65_HS1-834228961_62-HQ-83894_Section_8
Agency: FBI
Page 45
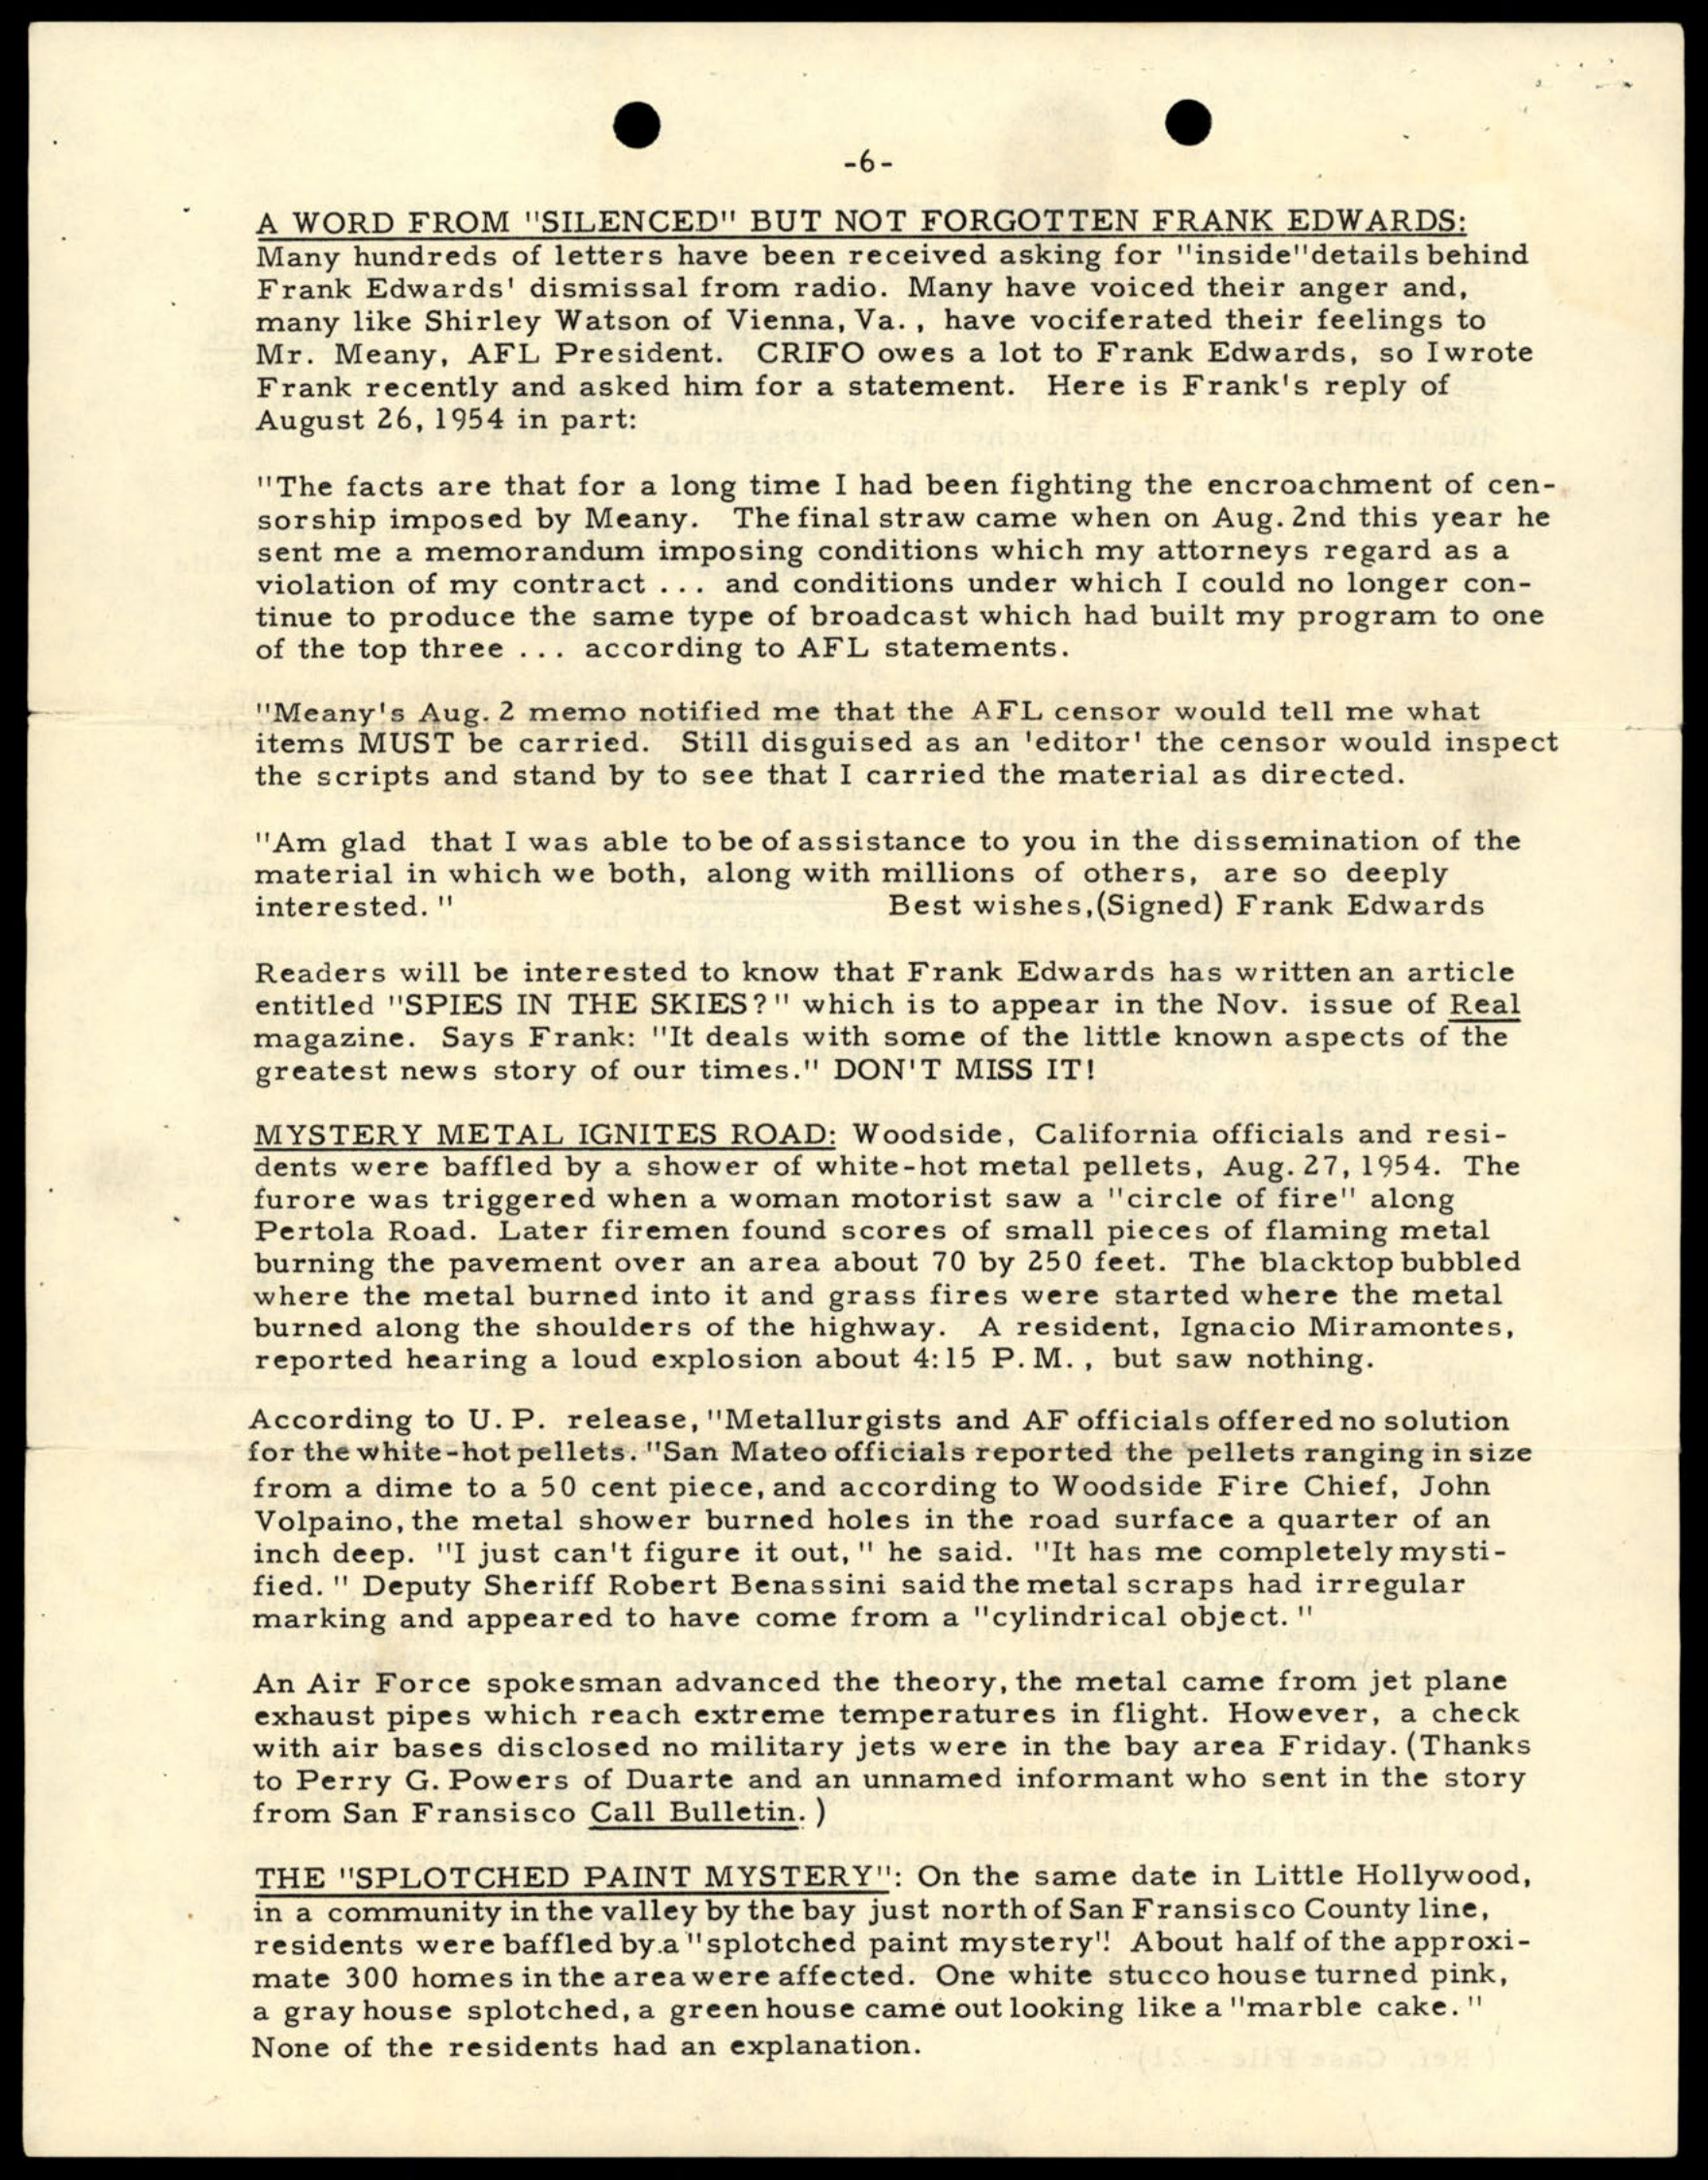